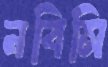
নবিসি